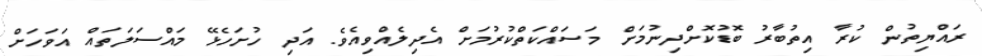
ރައްޔިތުން ކުރާ އިތުބާރު ބޮޑުކޮށްދިނުމަށް މަސައްކަތްކުރުމަށް އެދިލެއްވިއެވެ. އަދި ހުށަހެޅޭ މައްސަލަތައް އަވަހަށް